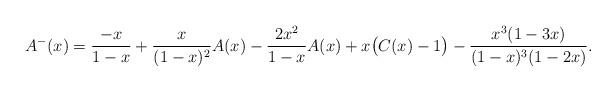
LaTeX: \begin{align*}A^-(x)&=\frac{-x}{1-x}+\frac{x}{(1-x)^2}A(x)-\frac{2x^2}{1-x}A(x)+x\big(C(x)-1\big)-\frac{x^3(1-3x)}{(1-x)^3(1-2x)}.\end{align*}